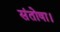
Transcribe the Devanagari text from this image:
संतोषा।